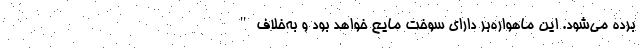
برده می‌شود. این ماهواره‌بر دارای سوخت مایع خواهد بود و به‌خلاف "